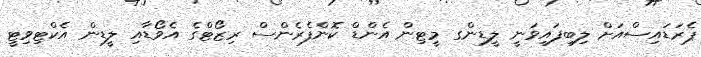
ޕެރަޑައިސްއަށް ލިބިފައިވަނީ ލީޑިންގ މީޓިން އެންޑް ކޮންފެރެންސް ރިޒޯޓްގެ އެވޯޑާއި ލީޑިން އެކްޓިވިޓީ